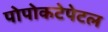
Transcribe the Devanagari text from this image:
पोपोकटेपेटल